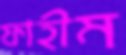
ফাহীম